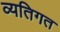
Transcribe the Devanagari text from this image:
व्‍यतिगत